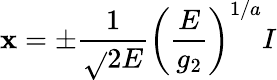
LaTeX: \mathbf{x}=\pm\frac{{1}}{{\sqrt{}{{2E}}}}\left(\frac{{E}}{{g_{2}}}\right)^{1/a}I